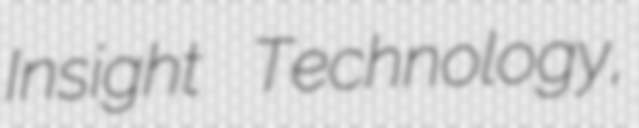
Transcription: Insight Technology,